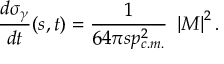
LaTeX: { \frac { d \sigma _ { \gamma } } { d t } } ( s , t ) = { \frac { 1 } { 6 4 \pi s p _ { c . m . } ^ { 2 } } } ~ \left| { \cal M } \right| ^ { 2 } .